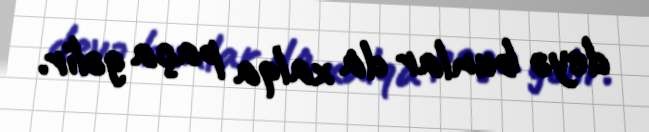
deyə bunlar da xalqa paça gəlir.